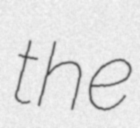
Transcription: the